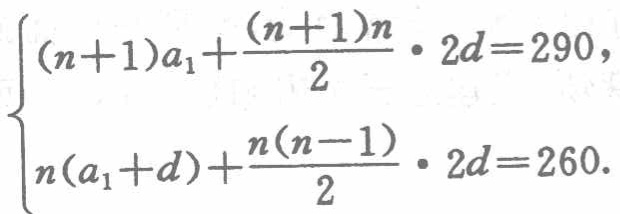
\[\begin{cases}(n + 1)a_{1}+\dfrac{(n + 1)n}{2}\cdot 2d = 290,\\n(a_{1}+d)+\dfrac{n(n - 1)}{2}\cdot 2d = 260.\end{cases}\]